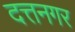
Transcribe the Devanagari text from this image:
दत्तनगर